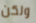
ولكن